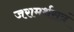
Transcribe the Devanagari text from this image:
जरामर्थसत्रं